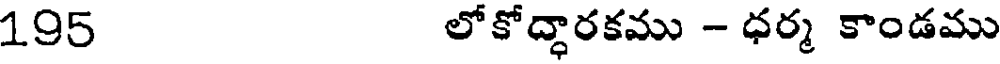
195 లోకోద్ధారకము - ధర్మ కాండము